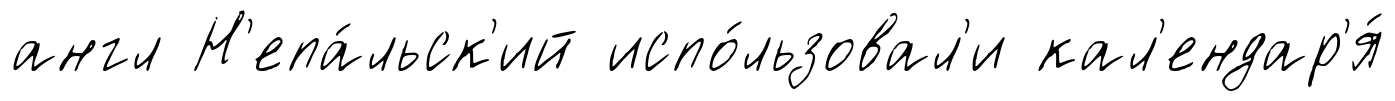
англ Н'епа́льск'ий испо́льзовал'и кал'ендар'я́